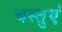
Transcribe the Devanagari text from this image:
बस्तुएं